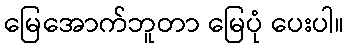
မြေအောက်ဘူတာ မြေပုံ ပေးပါ။